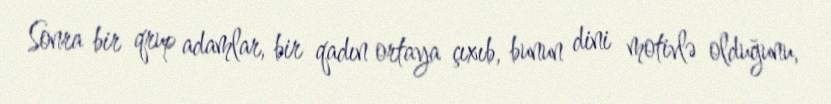
Sonra bir qrup adamlar, bir qadın ortaya çıxıb, bunun dini motivlə olduğunu,